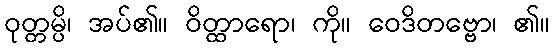
ဝုတ္တမ္ပိ၊ အပ်၏။ ဝိတ္ထာရော၊ ကို။ ဝေဒိတဗ္ဗော၊ ၏။